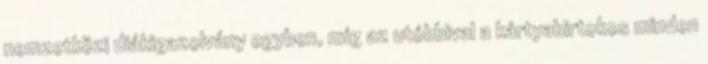
nemzetközi diákigazolvány egyben, míg az utóbbival a kártyabirtokos minden